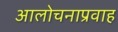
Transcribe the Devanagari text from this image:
आलोचनाप्रवाह